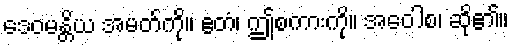
ဒေဝမန္တိယ အမတ်ကို။ ဧတံ၊ ဤစကားကို။ အဝေါစ၊ ဆို၏။